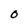
Character: O